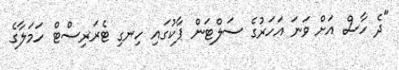
"ދެ ހާސް އަށް ވަނަ އަހަރުގެ ސަލްޓަން ޕާކުގައި ހިނގި ޓެރަރިސްޓް ހަމަލާގެ